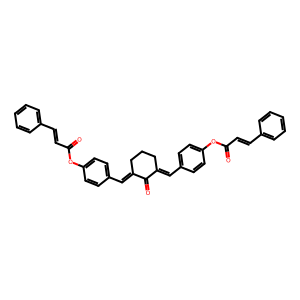
SMILES: O=C(C=Cc1ccccc1)Oc1ccc(C=C2CCCC(=Cc3ccc(OC(=O)C=Cc4ccccc4)cc3)C2=O)cc1
Inhibits HIV replication: No